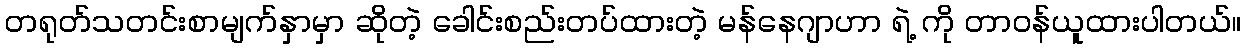
တရုတ်သတင်းစာမျက်နှာမှာ ဆိုတဲ့ ခေါင်းစည်းတပ်ထားတဲ့ မန်နေဂျာဟာ ရဲ့ ကို တာဝန်ယူထားပါတယ်။